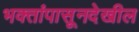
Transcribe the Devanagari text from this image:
भक्तांपासूनदेखील